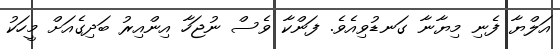
އަލްޔާ ފެނި މިޔާނާ ގަނޑުވިއެވެ. ފަންކާ ވެސް ނުޖަހާ އިންއިރު ބަދިގެއަށް މީހަކު